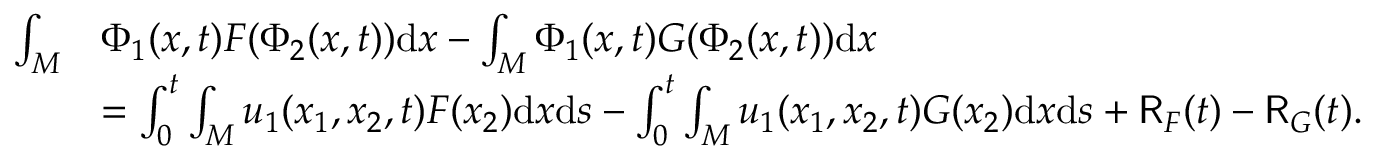
\begin{array} { r l } { \int _ { M } } & { \Phi _ { 1 } ( x , t ) F ( \Phi _ { 2 } ( x , t ) ) \mathrm { d } x - \int _ { M } \Phi _ { 1 } ( x , t ) G ( \Phi _ { 2 } ( x , t ) ) \mathrm { d } x } \\ & { = \int _ { 0 } ^ { t } \int _ { M } u _ { 1 } ( x _ { 1 } , x _ { 2 } , t ) F ( x _ { 2 } ) \mathrm { d } x \mathrm { d } s - \int _ { 0 } ^ { t } \int _ { M } u _ { 1 } ( x _ { 1 } , x _ { 2 } , t ) G ( x _ { 2 } ) \mathrm { d } x \mathrm { d } s + \mathsf { R } _ { F } ( t ) - \mathsf { R } _ { G } ( t ) . } \end{array}